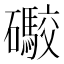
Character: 礮